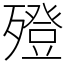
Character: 𣩟